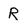
Character: R